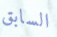
السابق